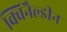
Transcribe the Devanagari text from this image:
क्विनैल्डीन